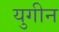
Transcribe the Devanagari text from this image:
युगीन